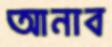
আনাব